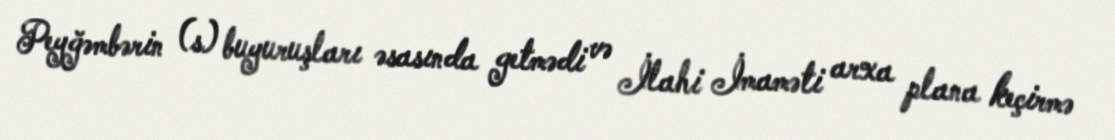
Peyğəmbərin (s) buyuruşları əsasında getmədi və İlahi İmaməti arxa plana keçirmə